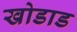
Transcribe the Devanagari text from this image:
खोडाड